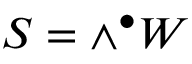
S = \wedge ^ { \bullet } W